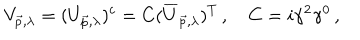
LaTeX: V _ { \vec { p } , \lambda } = ( U _ { \vec { p } , \lambda } ) ^ { c } = C ( \overline { { { U } } } _ { \vec { p } , \lambda } ) ^ { T } \, , \quad C = i \gamma ^ { 2 } \gamma ^ { 0 } \, ,